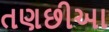
તણછીઆ